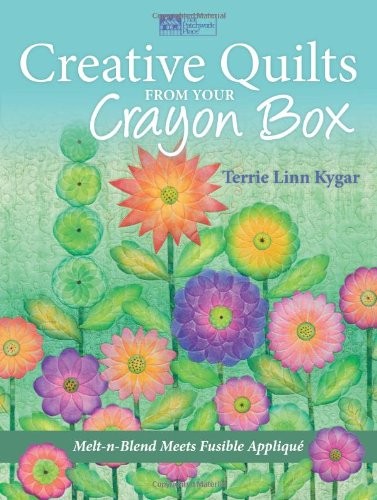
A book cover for Creative Quilts from Your Crayon Box: Melt-n-Blend Meets Fusible Applique; Terrie Kygar; Crafts, Hobbies & Home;